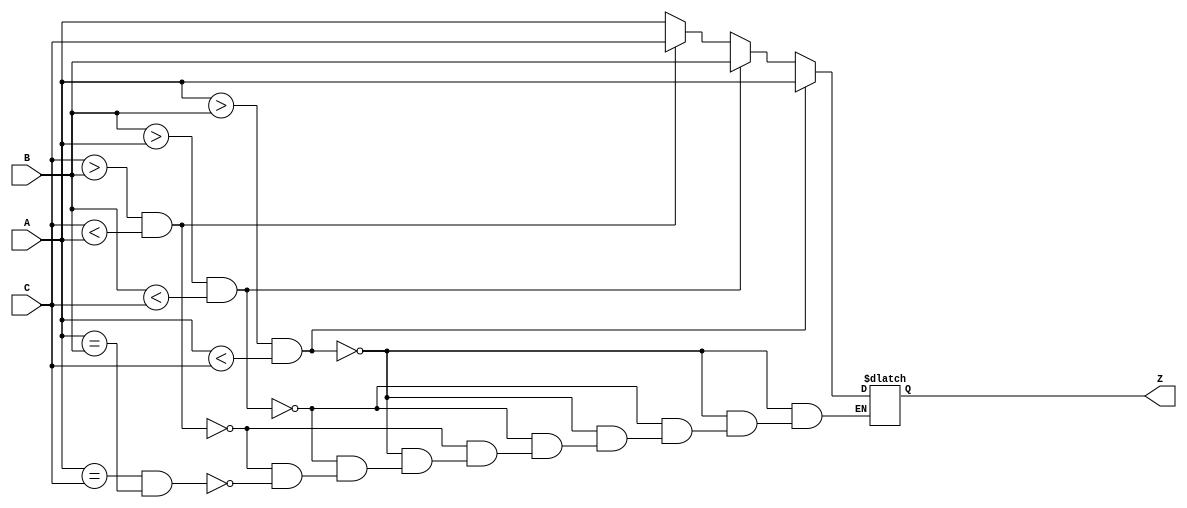
module mid (A,B,C,Z);
    input [3:0]A,B,C;
    output [3:0]Z;
    reg [3:0]Z;

    always @ (A or B or C)begin
        if(A > B & A < C)begin
            Z=A;    
        end else if(B > A & B < C)begin
            Z=B;    
        end else if(C > B & C < A)begin
            Z=C;    
        end else if(A == C & A == B)begin
            Z=A;
        end
    end
endmodule